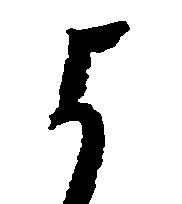
よ